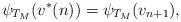
LaTeX: \begin{align*}\psi_{T_M}(v^*(n)) = \psi_{T_M}(v_{n+1}),\end{align*}